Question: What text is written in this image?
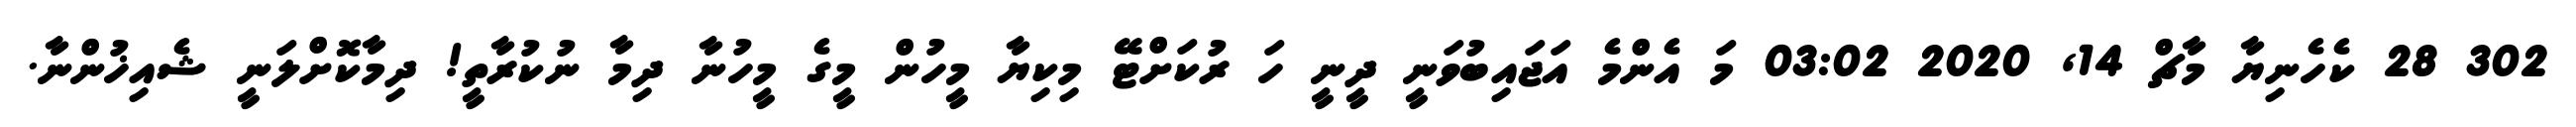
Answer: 302 28 ކެހެނިޔާ މާޗް 14, 2020 03:02 މަ އެންމެ އަޖައިބުވަނީ ދީނީ ހަ ރުކަށްޓޭ މިކިޔާ މީހުން މީގެ މީހުނާ ދިމާ ނުކުރާތީ! ދިމާކޮށްލަނީ ޝެއިޚުންނާ.